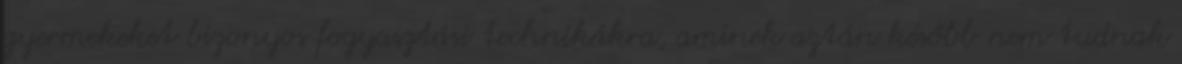
gyermekeket bizonyos fogyasztási technikákra, aminek aztán később nem tudnak